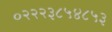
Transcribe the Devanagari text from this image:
०२२२३८५४८५३